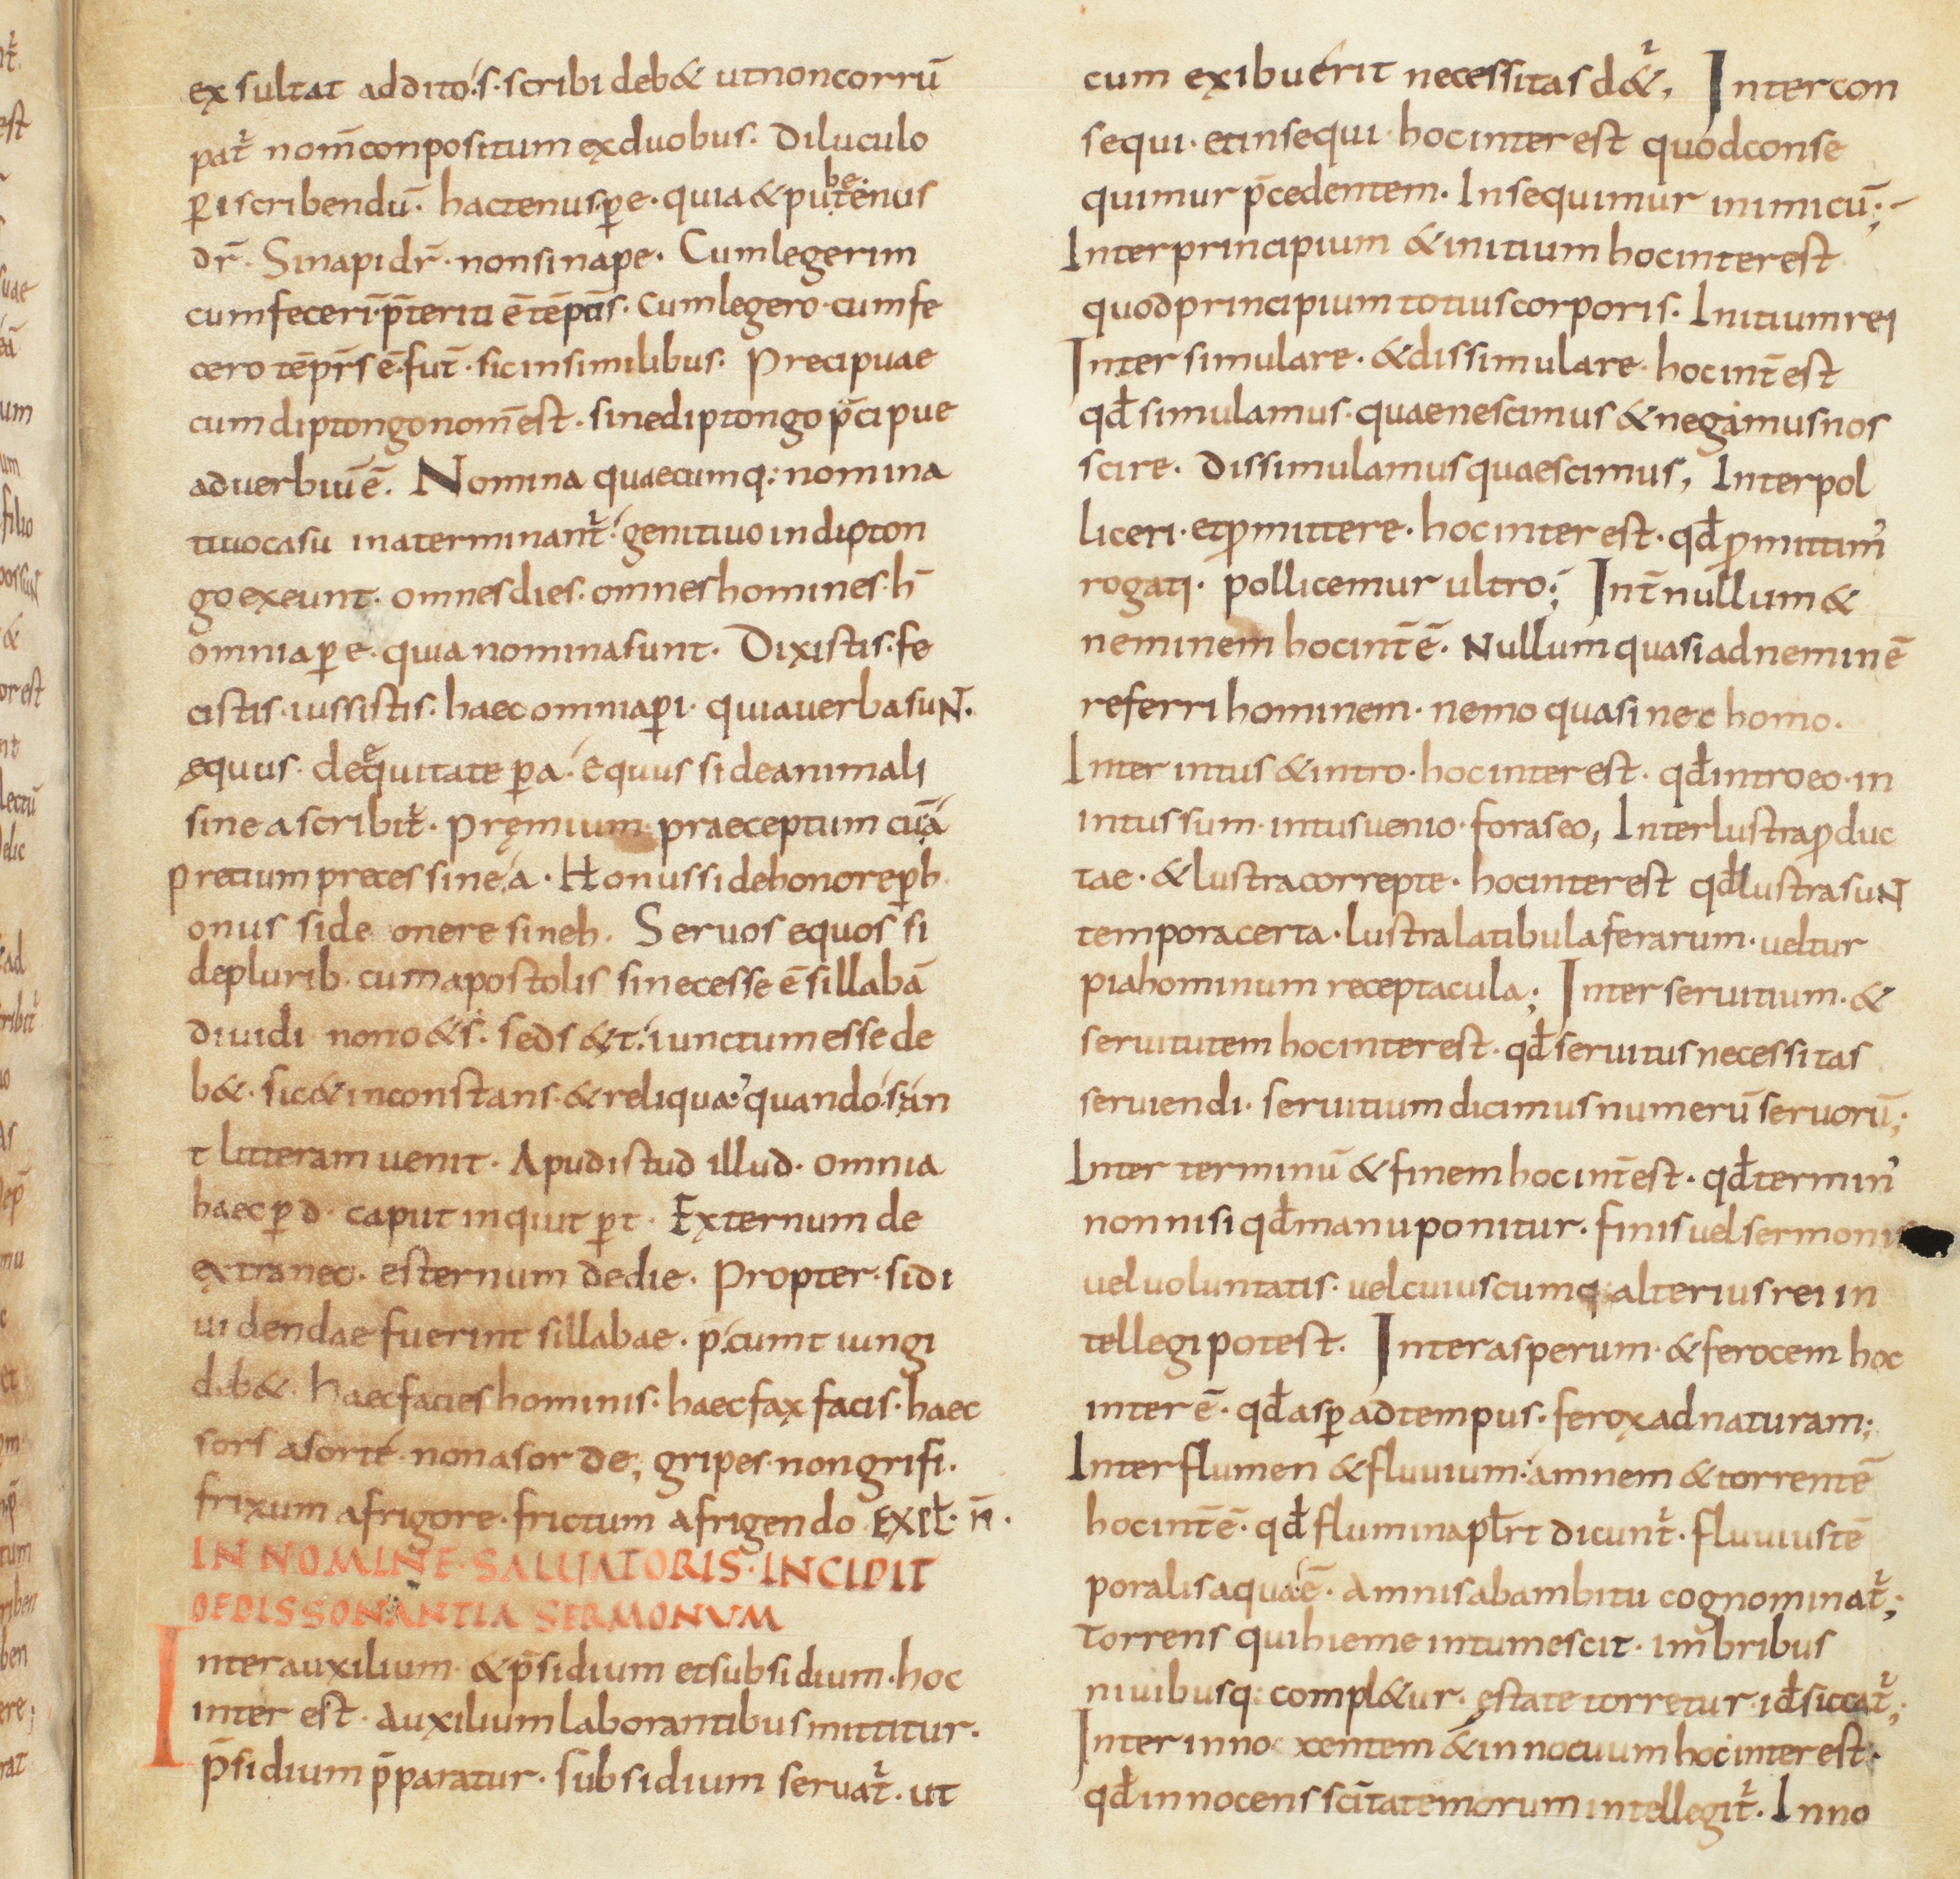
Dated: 850–899